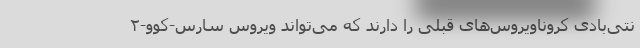
نتی‌بادی کروناویروس‌های قبلی را دارند که می‌تواند ویروس سارس-کوو-۲